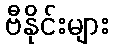
ဗီနိုင်းများ